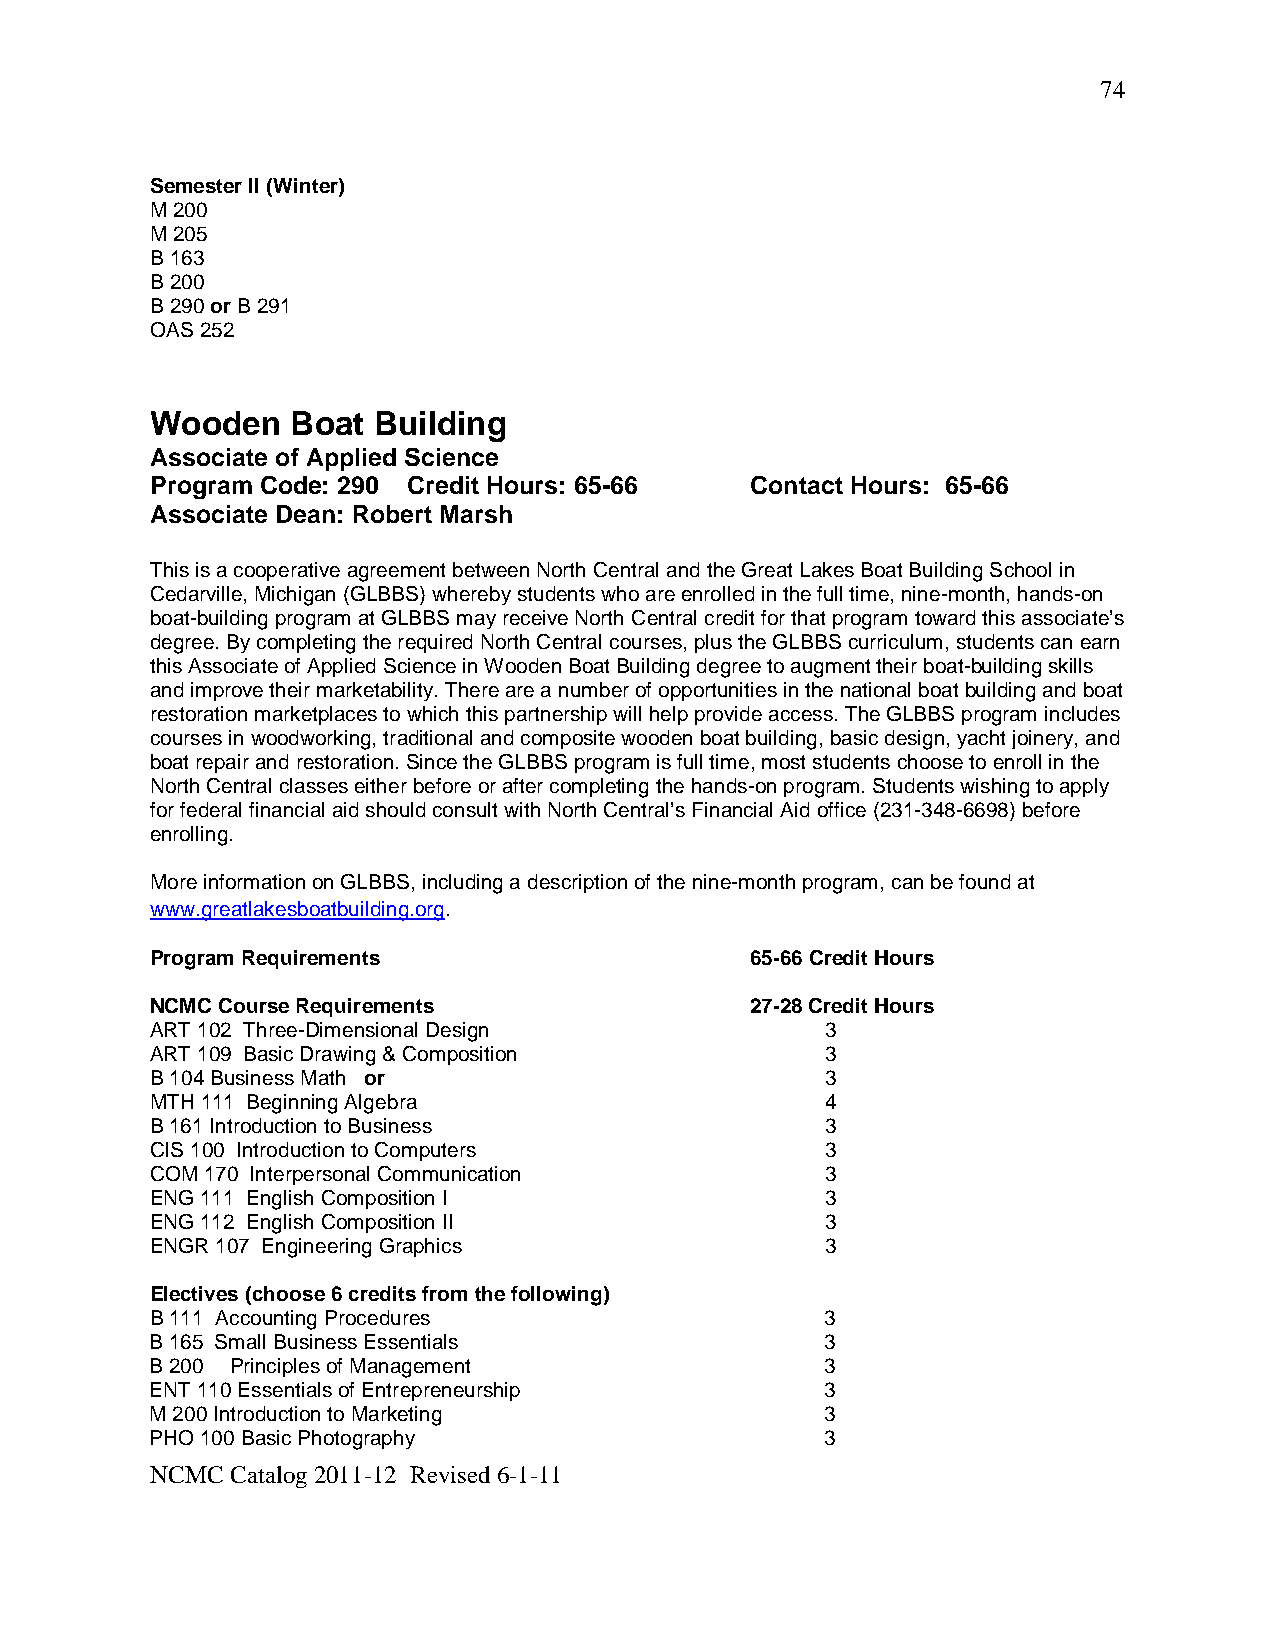
74
 Semester II (Winter)
 M 200
 M 205
 B 163
 B 200
 B 290 or B 291
 OAS 252
 Wooden   Boat  Building
 Associate of Applied Science
 Program Code: 290 Credit Hours: 65-66   Contact Hours: 65-66
 Associate Dean: Robert Marsh
 This is a cooperative agreement between North Central and the Great Lakes Boat Building School in
 Cedarville, Michigan (GLBBS) whereby students who are enrolled in the full time, nine-month, hands-on
 boat-building program at GLBBS may receive North Central credit for that program toward this associate’s
 degree. By completing the required North Central courses, plus the GLBBS curriculum, students can earn
 this Associate of Applied Science in Wooden Boat Building degree to augment their boat-building skills
 and improve their marketability. There are a number of opportunities in the national boat building and boat
 restoration marketplaces to which this partnership will help provide access. The GLBBS program includes
 courses in woodworking, traditional and composite wooden boat building, basic design, yacht joinery, and
 boat repair and restoration. Since the GLBBS program is full time, most students choose to enroll in the
 North Central classes either before or after completing the hands-on program. Students wishing to apply
 for federal financial aid should consult with North Central’s Financial Aid office (231-348-6698) before
 enrolling.
 More information on GLBBS, including a description of the nine-month program, can be found at
 www.greatlakesboatbuilding.org.
 Program Requirements                    65-66 Credit Hours
 NCMC Course Requirements                27-28 Credit Hours
 ART 102 Three-Dimensional Design             3
 ART 109 Basic Drawing & Composition          3
 B 104 Business Math or                       3
 MTH 111 Beginning Algebra                    4
 B 161 Introduction to Business               3
 CIS 100 Introduction to Computers            3
 COM 170 Interpersonal Communication          3
 ENG 111 English Composition I                3
 ENG 112 English Composition II               3
 ENGR 107 Engineering Graphics                3
 Electives (choose 6 credits from the following)
 B 111 Accounting Procedures                  3
 B 165 Small Business Essentials              3
 B 200 Principles of Management               3
 ENT 110 Essentials of Entrepreneurship       3
 M 200 Introduction to Marketing              3
 PHO 100 Basic Photography                    3
 NCMC Catalog 2011-12 Revised 6-1-11